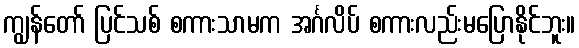
ကျွန်တော် ပြင်သစ် စကားသာမက အင်္ဂလိပ် စကားလည်းမပြောနိုင်ဘူး။